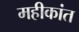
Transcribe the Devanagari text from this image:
महीकांत